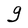
Character: g